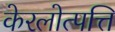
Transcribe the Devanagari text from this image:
केरलोत्पत्ति